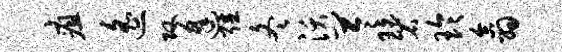
疽遥攻逢强冬沃苓碧玲翕